Calcutta medical institutions reports 1879-81 [i.e.91]
Year: 1879
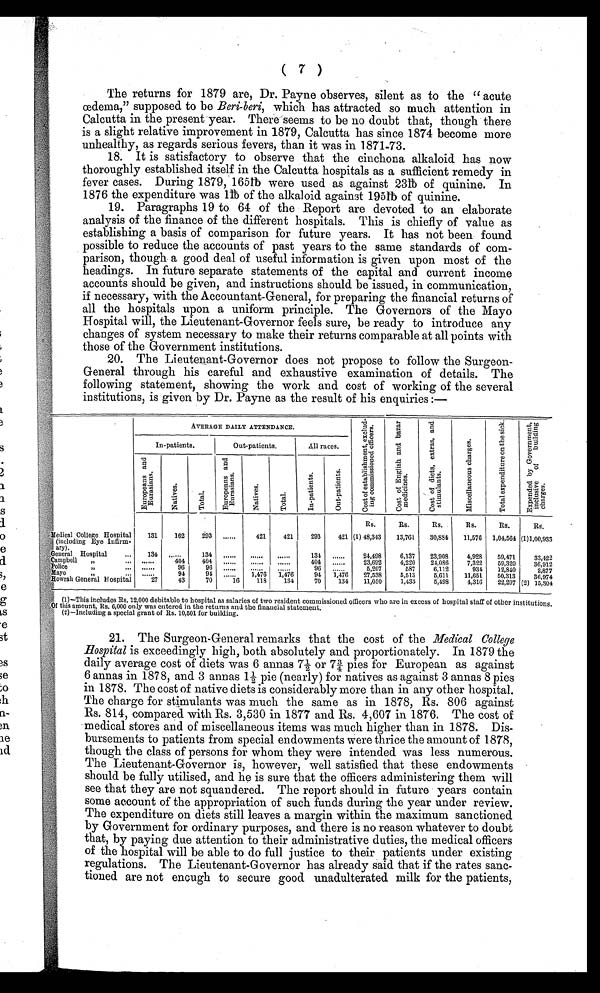
( 7 )
The returns for 1879 are, Dr. Payne observes, silent as to the " acute
œdema," supposed to be Beri-beri, which has attracted so much attention in
Calcutta in the present year. There seems to be no doubt that, though there
is a slight relative improvement in 1879, Calcutta has since 1874 become more
unhealthy, as regards serious fevers, than it was in 1871-73.
18. It is satisfactory to observe that the cinchona alkaloid has now
thoroughly established itself in the Calcutta hospitals as a sufficient remedy in
fever cases. During 1879, 165lb were used as against 23lb of quinine. In
1876 the expenditure was 1lb of the alkaloid against 195lb of quinine.
19. Paragraphs 19 to 64 of the Report are devoted to an elaborate
analysis of the finance of the different hospitals. This is chiefly of value as
establishing a basis of comparison for future years. It has not been found
possible to reduce the accounts of past years to the same standards of com-
parison, though a good deal of useful information is given upon most of the
headings. In future separate statements of the capital and current income
accounts should be given, and instructions should be issued, in communication,
if necessary, with the Accountant-General, for preparing the financial returns of
all the hospitals upon a uniform principle. The Governors of the Mayo
Hospital will, the Lieutenant-Governor feels sure, be ready to introduce any
changes of system necessary to make their returns comparable at all points with
those of the Government institutions.
20. The Lieutenant-Governor does not propose to follow the Surgeon-
General through his careful and exhaustive examination of details. The
following statement, showing the work and cost of working of the several
institutions, is given by Dr. Payne as the result of his enquiries:-
AVERAGE DAILY ATTENDANCE.
C o s t o f e s t a b l i s h m e n t , e x c l u d - i n g c o m m i s s i o n e d o f f i c e r s .
C o s t o f E n g l i s h a n d b a z a r m e d i c i n e s .
C o s t o f d i e t s , e x t r a s , a n d s t i m u l a n t s .
M i s c e l l a n e o u s c h a r g e s .
T o t a l e x p e n d i t u r e o n t h e s i c k . E x p e n d e d b y G o v e r n m e n t , i n c l u s i v e o f b u i l d i n g c h a r g e s .
In-patients.
Out-patients.
All races.
E u r o p e a n s a n d E u r a s i a n s .
N a t i v e s .
T o t a l . ,
E u r o p e a n s a n d E u r a s i a n s .
N a t i v e s . T o t a l .
I n - p a t i e n t s . O u t - p a t i e n t s .
Rs. Rs.
Rs.
Rs.
Rs.
Rs.
,Medical College Hospital 131 162 293 ..,... 421 421 293 421 (1) 48,343 13,761 30,884 11,576 1,04,564 (1)1,00,933
o (including Eye Infirm-
ary).
(General Hospital ... 134 ... -. 134
131
24,498 6,137 23,008 4,928 59,471 33,422
Campbell .
... ...... 404 404
404
23,692 4,220 21,086 7,322 59,320 36,912
Police
,,
-. ......
96 96
96
5,207
587 6,112
931 12,840 2,877
Mayo
........
91 94 .... 1,476 1,476 91 1,476 27,538 5,513 5,611 11,651 50,313 36,974
,Howrali General Hospital
M.
27 43 70 ... 118 134 70 134 11,050 1,433 5,498 4,316 22,297 (2) 15,304
0 (1)-This includes Rs. 12,000 debitahle to hospital as salaries of two resident commissioned officers who are in excess of hospital staff of other institutions.
0f tins amount, Rs. 6,000 only was entered in the returns and the financial statement.
;v: (2)-Including a special grant of Rs. 10,501 for building.
21. Surgeon-General remarks that the cost of the Medical College
Hospital is exceedingly high, both absolutely and proportionately. In 1879 the
daily average cost of diets was 6 annas 7½ or 7¾ pies for European as agains
t 6 annas in 1878, and 3 annas 1½ pie (nearly) for natives as against 3 annas 8 pies
in 1878. The cost of native diets is considerably more than in any other hospital.
The charge for stimulants was much the same as in 1878, Rs. 806 against
Rs. 814, compared with Rs. 3,530 in 1877 and Rs. 4,607 in 1876. The cost of
medical stores and of miscellaneous items was much higher than in 1878. Dis-
bursements to patients from special endowments were thrice the amount of 1878,
though the class of persons for whom they were intended was less numerous.
The Lieutenant-Governor is, however, well satisfied that these endowments
should be fully utilised, and he is sure that the officers administering them will
see that they are not squandered. The report should in future years contain
some account of the appropriation of such funds during the year under review.
The expenditure on diets still leaves a margin within the maximum sanctioned
by Government for ordinary purposes, and there is no reason whatever to doubt
that, by paying due attention to their administrative duties, the medical officers
of the hospital will be able to do full justice to their patients under existing
regulations. The Lieutenant-Governor has already said that if the rates sanc-
tioned are not enough to secure good unadulterated milk for the patients,